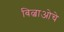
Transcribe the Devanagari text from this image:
बिल्बाओचे